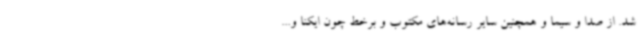
شد. از صدا و سیما و همچنین سایر رسانه‌های مکتوب و برخط چون ایکنا و...